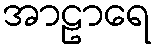
အာဠာရေ